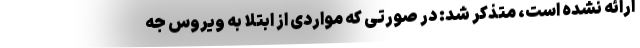
ارائه نشده است، متذکر شد: در صورتی که مواردی از ابتلا به ویروس جه